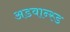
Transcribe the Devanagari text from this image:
अडवान्स्ड